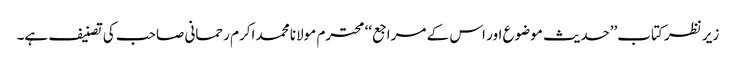
زیر نظر کتاب’’حدیث موضوع اور اس کے مراجع‘‘ محترم مولانا محمد اکرم رحمانی صاحب کی تصنیف ہے۔